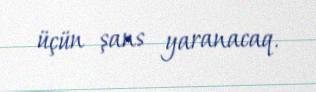
üçün şans yaranacaq.